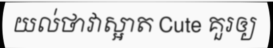
យល់ថាវាស្អាត Cute គួរឲ្យ